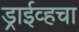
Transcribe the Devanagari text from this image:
ड्राईव्हचा